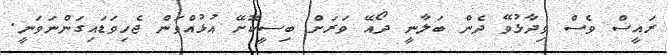
ރައީސް ވެސް ވިދާޅުވޭ ދެން ބަލާނީ ދޯއޭ ވަރަށް ބިސީކޮށޭ އުޅުއްވަން ޖެހިވަޑައިގަންނަވަނީ.